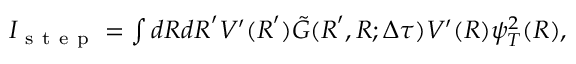
\begin{array} { r } { I _ { \mathrm { ~ s ~ t ~ e ~ p ~ } } = \int d \boldsymbol { R } d \boldsymbol { R } ^ { \prime } V ^ { \prime } ( \boldsymbol { R } ^ { \prime } ) \tilde { G } ( \boldsymbol { R } ^ { \prime } , \boldsymbol { R } ; \Delta \tau ) V ^ { \prime } ( \boldsymbol { R } ) \psi _ { T } ^ { 2 } ( \boldsymbol { R } ) , } \end{array}